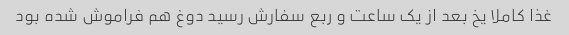
غذا کاملا یخ بعد از یک ساعت و ربع سفارش رسید دوغ هم فراموش شده بود